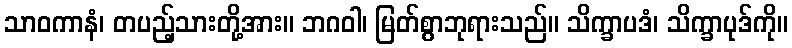
သာဝကာနံ၊ တပည့်သားတို့အား။ ဘဂဝါ၊ မြတ်စွာဘုရားသည်။ သိက္ခာပဒံ၊ သိက္ခာပုဒ်ကို။